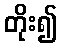
တိုး၍